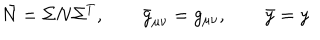
\bar { N } = \Sigma N \Sigma ^ { T } , \qquad \bar { g } _ { \mu \nu } = g _ { \mu \nu } , \qquad \bar { y } = y